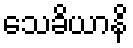
သေခိယာနိ